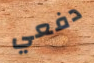
دفعي